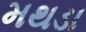
મથડા